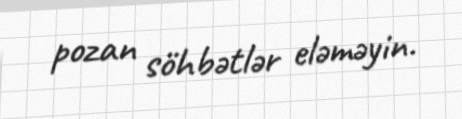
pozan söhbətlər eləməyin.